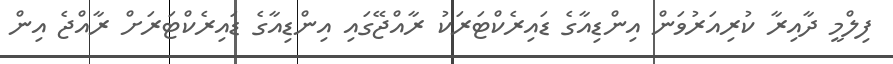
ފިލްމީ ދާއިރާ ކުރިއަރުވަން އިންޑިއާގެ ޑައިރެކްޓަރަކު ރާއްޖޭގައި އިންޑިއާގެ ޑައިރެކްޓަރަށް ރާއްޖެ އިން